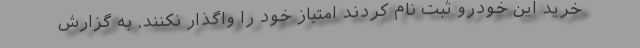
خريد اين خودرو ثبت نام كردند امتياز خود را واگذار نكنند. به گزارش